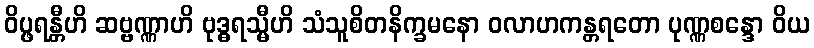
ဝိပ္ဖရန္တီဟိ ဆဗ္ဗဏ္ဏာဟိ ဗုဒ္ဓရသ္မီဟိ သံသူစိတနိက္ခမနော ဝလာဟကန္တရတော ပုဏ္ဏစန္ဒော ဝိယ